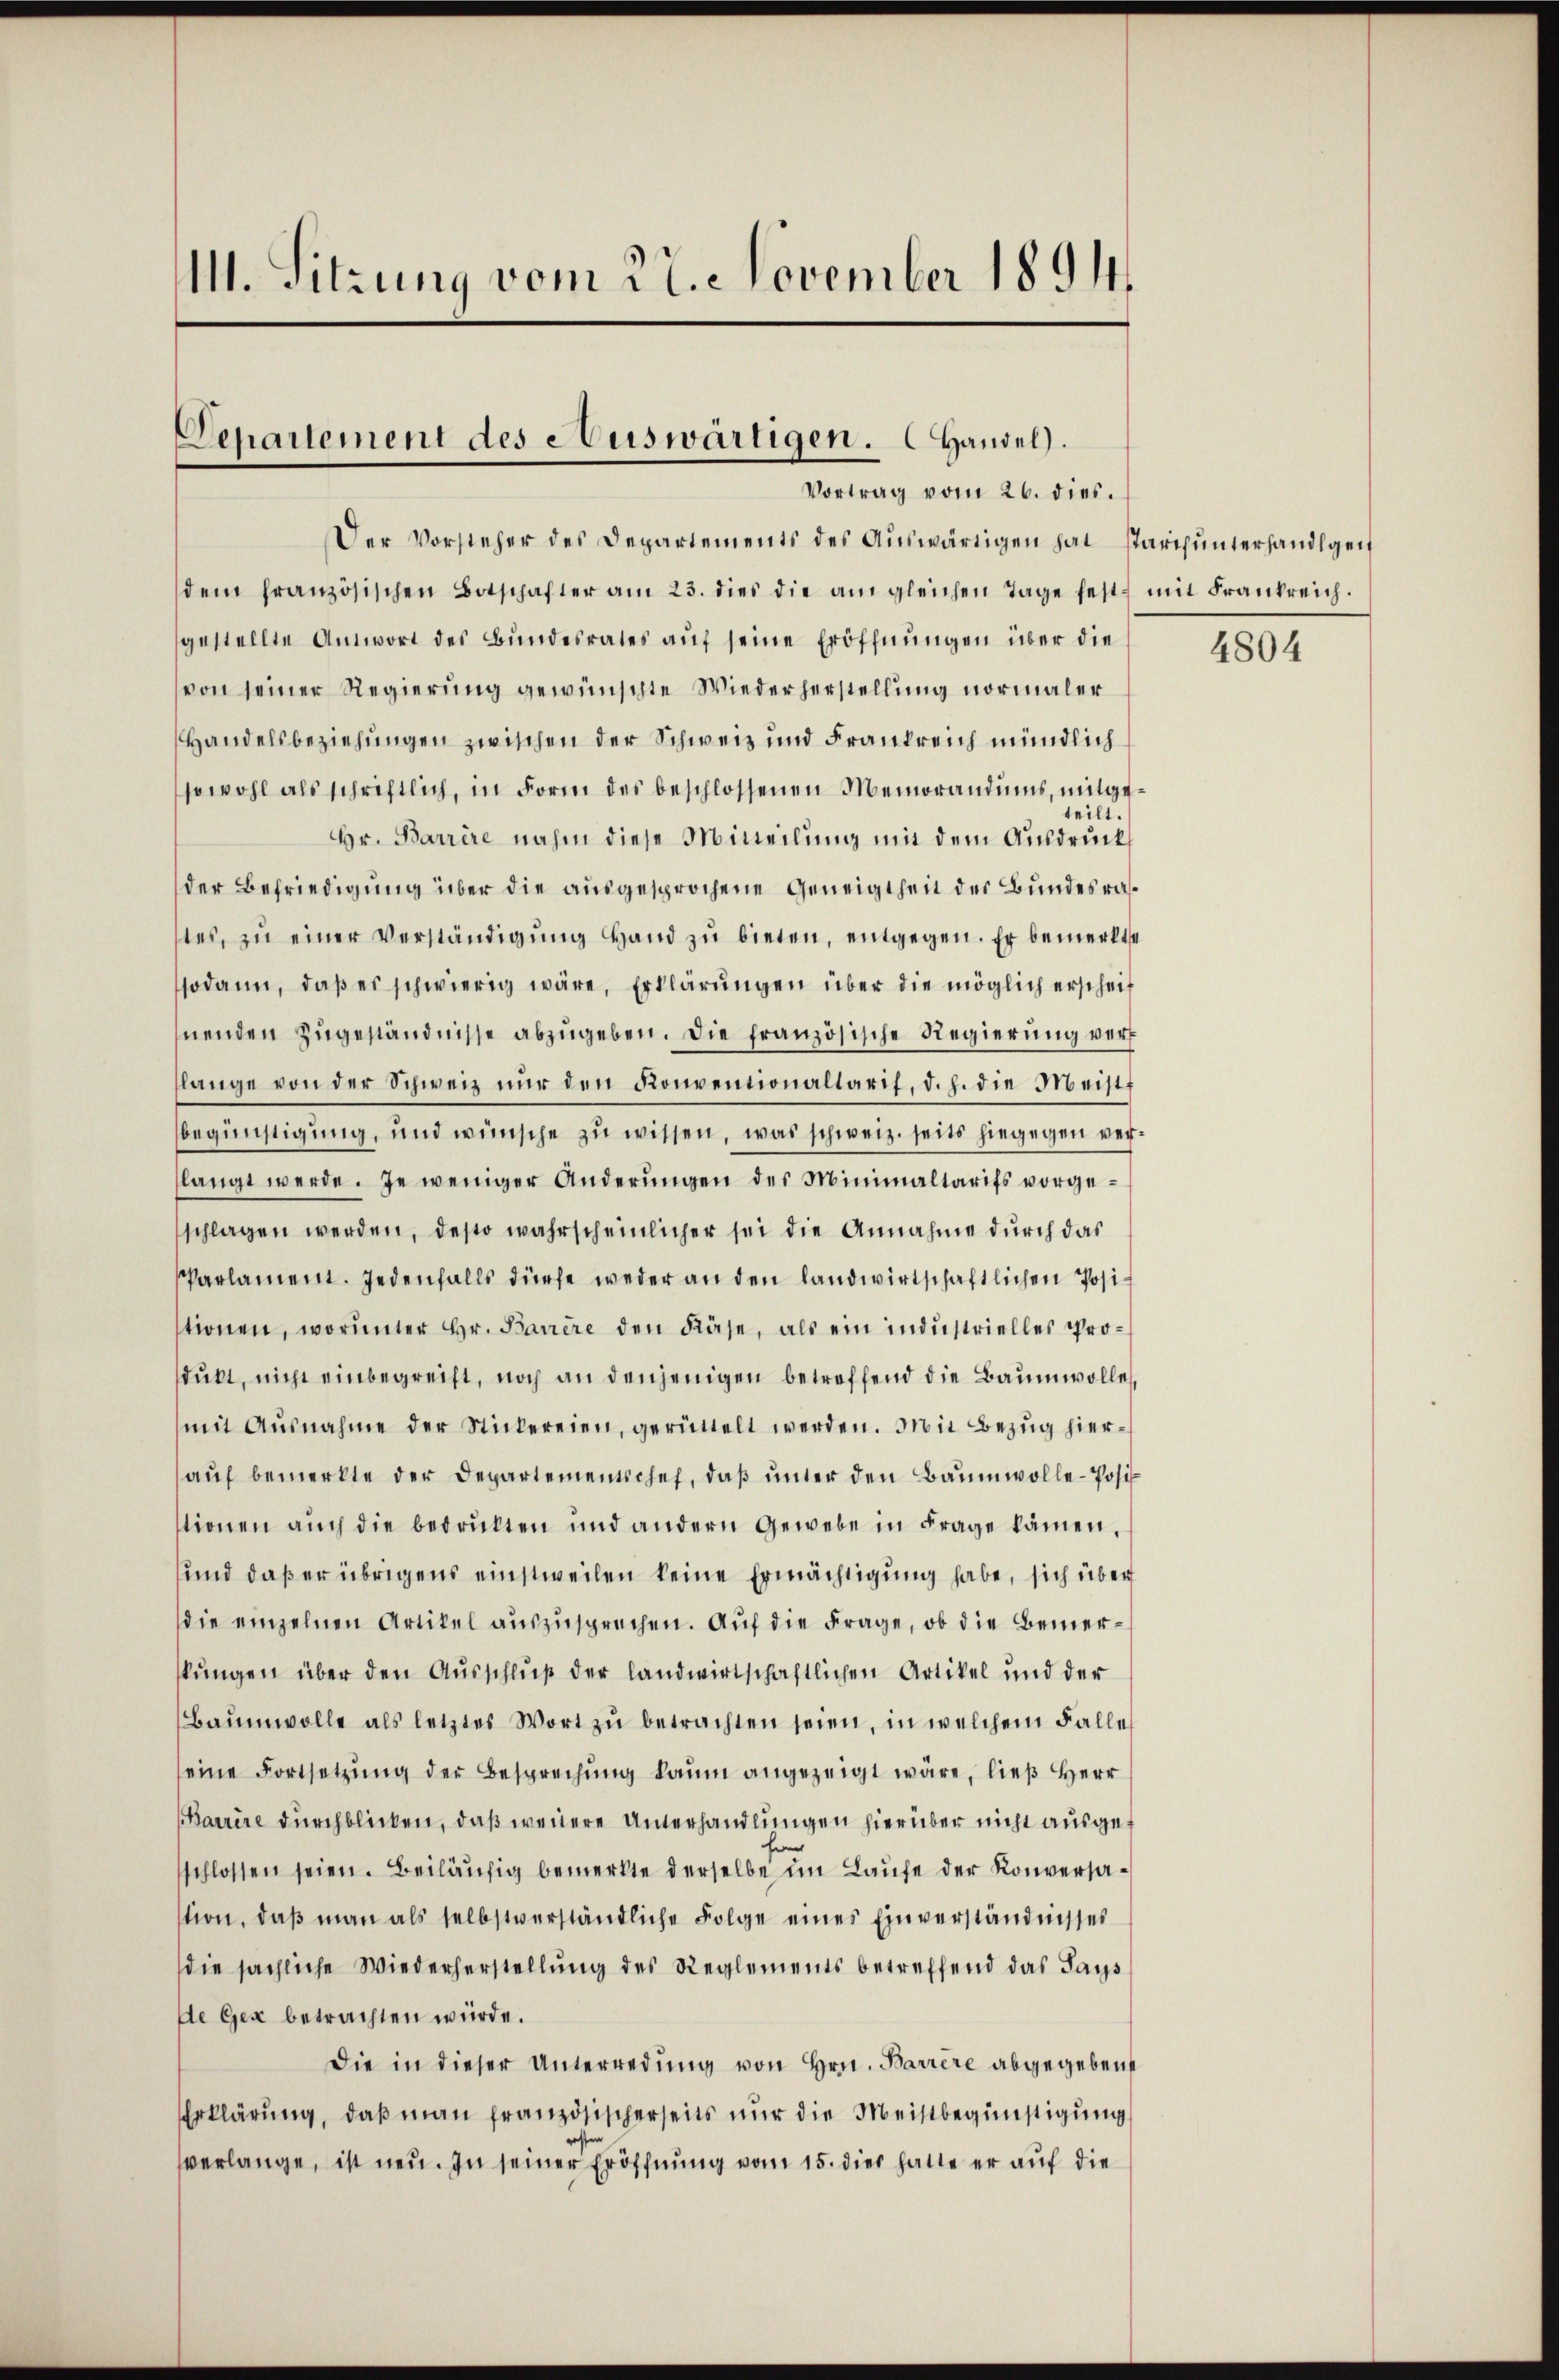
M. Sitzung vom 27. November 1894

Departement des Auswärtigen. Handel.
Vortrag vom 26. dies.

Der Vorsteher des Departements des Aŭswärtigen hat starchŭnterhandlgen
dem französischen Botschafter am 23. dies die am gleichen Tage fest mit Frankreich.
gestellte Antwort des Bŭndesrates aŭf seine Eröffnungen über die
von seiner Regierung gewünschte Wiederherstellung normaler
Handelsbeziehungen zwischen der Schweiz und Frankreich mündlich
sowohl als schriftlich, in Form des beschlossenen Memorandums, mitgeteilt.
Hr. Barrire nahm diese Mitteilung mit dem Ausdruck
der Befriedigung über die ausgesprochene Geneigtheit der Bundesrates, zŭ einer Verständigŭng Hand zŭ bieten, entgegen. Er bemerkte
sodann, daβ es schwierig wäre, Erklärŭngen über die möglich erscheit
nenden Zugeständnisse abzugeben. Die französische Regierung verlange von der Schweiz nur den Konventionaltaris, d. h. die Meist
begünstigung, und wünsche zŭ wissen, was schweiz. seits hiegegen verslangt werde. Je weniger Anderŭngen des Minimaltarifs vorgeschlagen werden, desto wahrscheinlicher sei die Annahme durch das
Parlament. Jedenfalls dürfe weder an den landwirtschaftlichen Positionen, worinner Hr. Barrire den Käse, als ein industrielles Prosdukt, nicht einbegreift, noch an denjenigen betreffend die Baumwolle,
mit Ausnahme der Stickereien, gerüttelt werden. Mit Bezug hieraŭf bemerkte der Departementschef, daβ ŭnter den Baumwolle-Posistionen auch die bedrükten und andern Gewebe in Frage kämen,
und daß er übrigens einstweilen keine Ermächtigung habe, sich über
die einzelnen Artikel auszusprechen. Auf die Frage, ob die Bemerkŭngen über den Ausschluß der landwirtschaftlichen Artikel und der
Baumwolle als letztes Wort zŭ betrachten seien, in welchem Falle
eine Fortsetzung der Besprechung kaum angezeigt wäre, ließ Herr
Barrire durchblicken, daß wenere Unterhandlungen hierüber nicht ausgef
he
schlossen seien. Beiläufig bemerkte derselbe im Laufe der Konversastion, daß man als selbstverständliche Folge eines Einverständnisses
die sächliche Wiederherstellŭng des Reglements betreffend das Says
de Gex betrachten würde.
Die in dieser Unterredung von Hrn. Barrere abgegeben
Erklärung, daß man französischerseits nur die Meistbegünstigung
verlange, ist neu. In seiner Eröffnung vom 15. dies hatte er auf die

4804